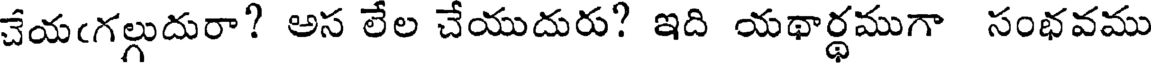
చేయఁగల్గుదురా? అస లేల చేయుదురు? ఇది యథార్థముగా సంభవము